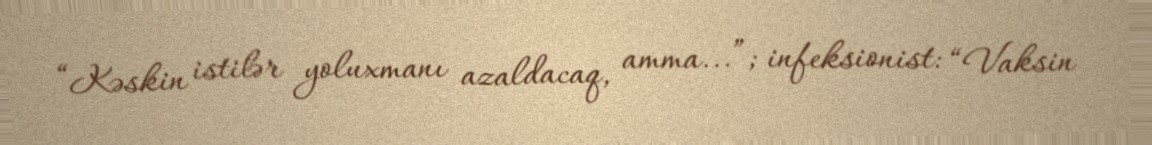
“Kəskin istilər yoluxmanı azaldacaq, amma...”; infeksionist: “Vaksin